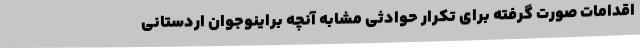
اقدامات صورت گرفته برای تکرار حوادثی مشابه آنچه براینوجوان اردستانی